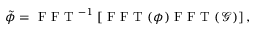
\tilde { \phi } = \mathrm { ~ F ~ F ~ T ~ } ^ { - 1 } \left[ \mathrm { ~ F ~ F ~ T ~ } ( \phi ) \mathrm { ~ F ~ F ~ T ~ } ( \mathcal { G } ) \right] ,